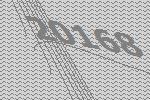
20168